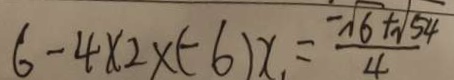
6 - 4 \times 2 \times ( - 6 ) x = \frac { - \sqrt { 6 } + \sqrt { 5 4 } } { 4 }